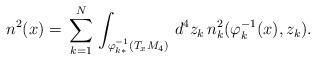
LaTeX: \begin{align*}n^2(x)=\,\sum^N_{k=1}\,\int_{\varphi^{-1}_{k*}(T_xM_4)} \,d^4z_k\,n^2_k(\varphi^{-1}_{k}(x),z_k).\end{align*}